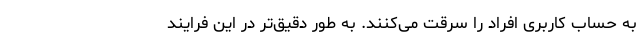
به حساب کاربری افراد را سرقت می‌کنند. به طور دقیق‌تر در این فرایند